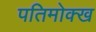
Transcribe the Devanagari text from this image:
पतिमोक्ख